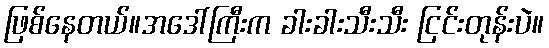
ဖြစ်နေတယ်။အဒေါ်ကြီးက ခါးခါးသီးသီး ငြင်းတုန်းပဲ။